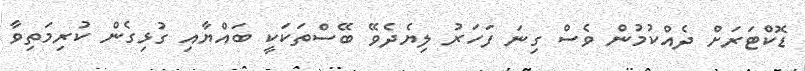
ޑޮކްޓަރަށް ދެއްކުމުން ވެސް ގިނަ ފަހަރު ލިޔެދެވޭ ބޭސްތަކަކީ ބައްޔާއި ގުޅިގެން ކުރިމަތިވާ